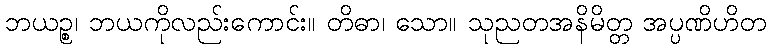
ဘယဉ္စ၊ ဘယကိုလည်းကောင်း။ တိဓာ၊ သော။ သုညတအနိမိတ္တ အပ္ပဏိဟိတ